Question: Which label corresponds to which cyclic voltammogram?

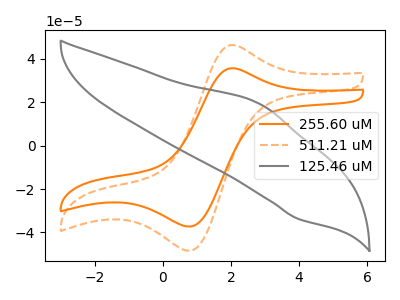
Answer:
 <answer>The orange curve is labeled "255.60 uM". The orange dashed curve is labeled "511.21 uM". The gray curve is labeled "125.46 uM".</answer>
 <eval></eval>